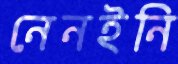
নেনইনি